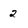
Character: 2